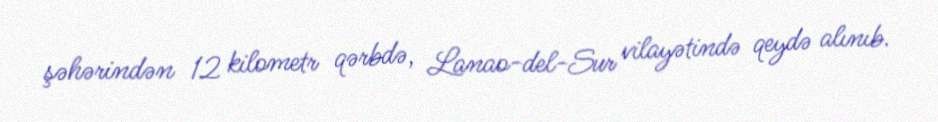
şəhərindən 12 kilometr qərbdə, Lanao-del-Sur vilayətində qeydə alınıb.